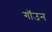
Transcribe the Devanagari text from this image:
गॉउन